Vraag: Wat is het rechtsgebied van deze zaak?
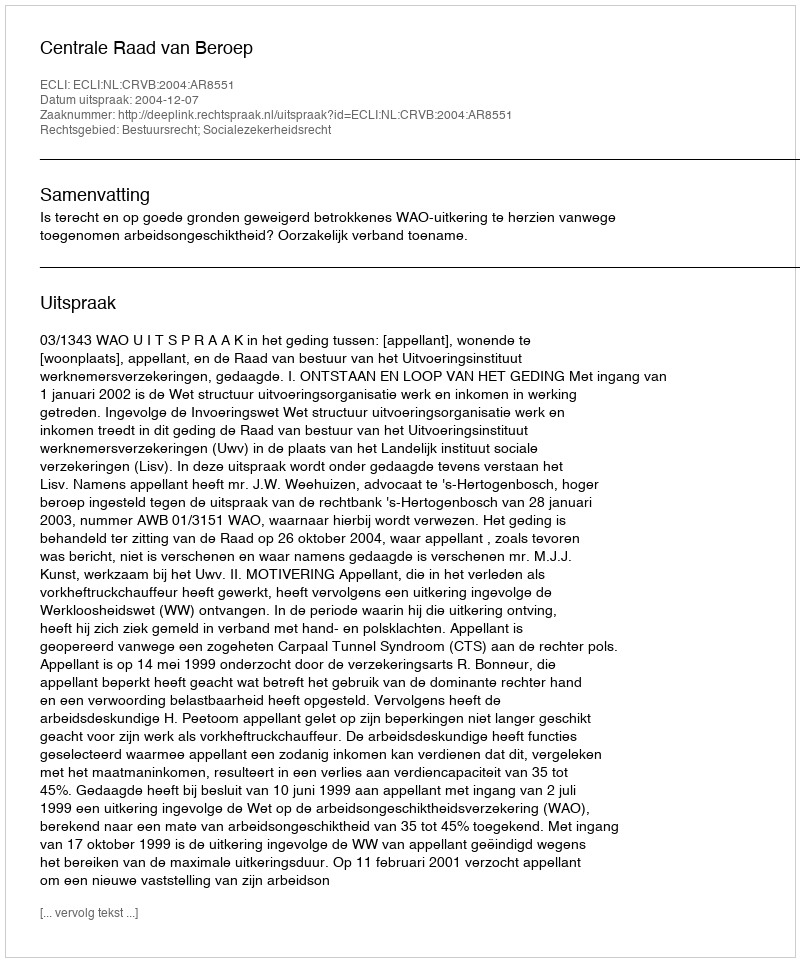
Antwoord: Bestuursrecht; Socialezekerheidsrecht